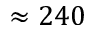
\approx 2 4 0